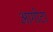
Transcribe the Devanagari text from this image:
आगोटा